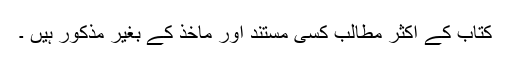
کتاب کے اکثر مطالب کسی مستند اور ماخذ کے بغیر مذکور ہیں ۔